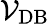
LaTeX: \mathcal{V}_{\mathrm{{DB}}}